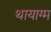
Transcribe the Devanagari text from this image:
थायाग्म